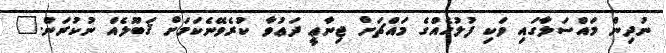
ނުދިން މައްސަލާގައި ވަކި ފުލުހެއްގެ މައްޗަށް ޖިނާޢީ ދަޢުވާ ކުރެވޭނެކަމަށް ޤަބޫލެއް ނުކުރަން."